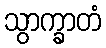
သွာက္ခာတံ